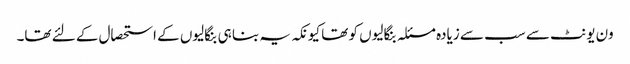
ون یونٹ سے سب سے زیادہ مسئلہ بنگالیوں کو تھا کیونکہ یہ بنا ہی بنگالیوں کے استحصال کے لئے تھا۔